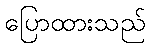
ပြောထားသည်